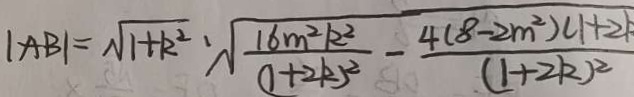
\vert A B \vert = \sqrt { 1 + k ^ { 2 } } \cdot \sqrt { \frac { 1 6 m ^ { 2 } k ^ { 2 } } { ( 1 + 2 k ) ^ { 2 } } - \frac { 4 ( 8 - 2 m ^ { 2 } ) ( 1 + 2 k } { ( 1 + 2 k ) ^ { 2 } } }